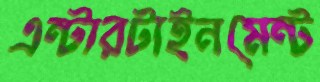
এন্টারটাইনমেন্ট